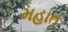
મહાત